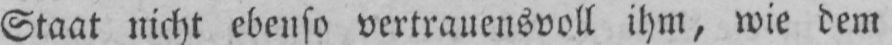
Staat nicht ebenso vertrauensvoll ihm, wie dem